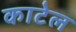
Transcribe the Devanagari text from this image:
काटेल